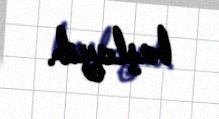
başlayıb.